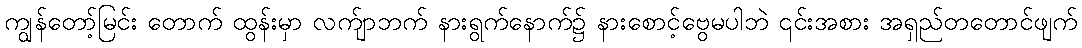
ကျွန်တော့်မြင်း တောက် ထွန်းမှာ လက်ျာဘက် နားရွက်နောက်၌ နားစောင့်ဗွေမပါဘဲ ၎င်းအစား အရှည်တတောင်ဖျက်